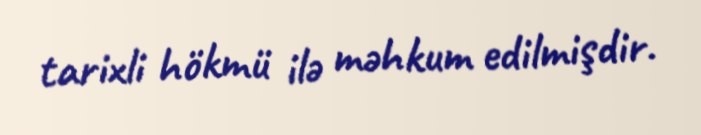
tarixli hökmü ilə məhkum edilmişdir.